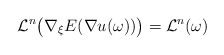
\begin{align*}\mathcal L^n\big(\nabla _\xi E(\nabla u(\omega))\big) =\mathcal L^n(\omega)\end{align*}